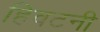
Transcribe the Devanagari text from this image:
हिवटनी